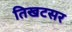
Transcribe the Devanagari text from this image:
तिखटसर